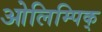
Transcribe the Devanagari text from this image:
ओलिम्पिक्